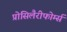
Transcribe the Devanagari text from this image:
प्रोसिलैरीफोर्म्स